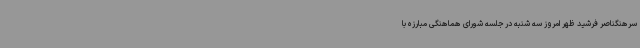
سرهنگناصر فرشید ظهر امروز سه شنبه در جلسه شورای هماهنگی مبارزه با